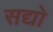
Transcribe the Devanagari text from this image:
सद्यो